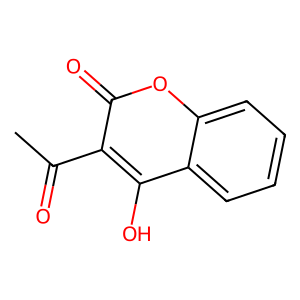
SMILES: CC(=O)c1c(O)c2ccccc2oc1=O
Inhibits HIV replication: No